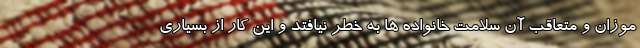
موزان و متعاقب آن سلامت خانواده ها به خطر نیافتد و این کار از بسیاری